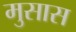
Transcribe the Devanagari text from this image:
मुसास